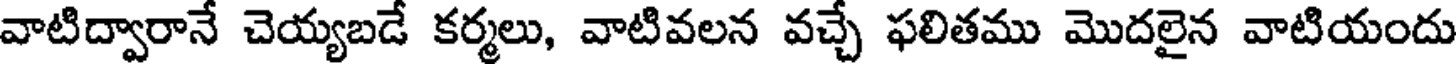
వాటిద్వారానే చెయ్యబడే కర్మలు, వాటివలన వచ్చే ఫలితము మొదలైన వాటియందు